Vaccination United Provinces of Agra and Oudh 1914-1922 - 1914-1922
Year: 1914
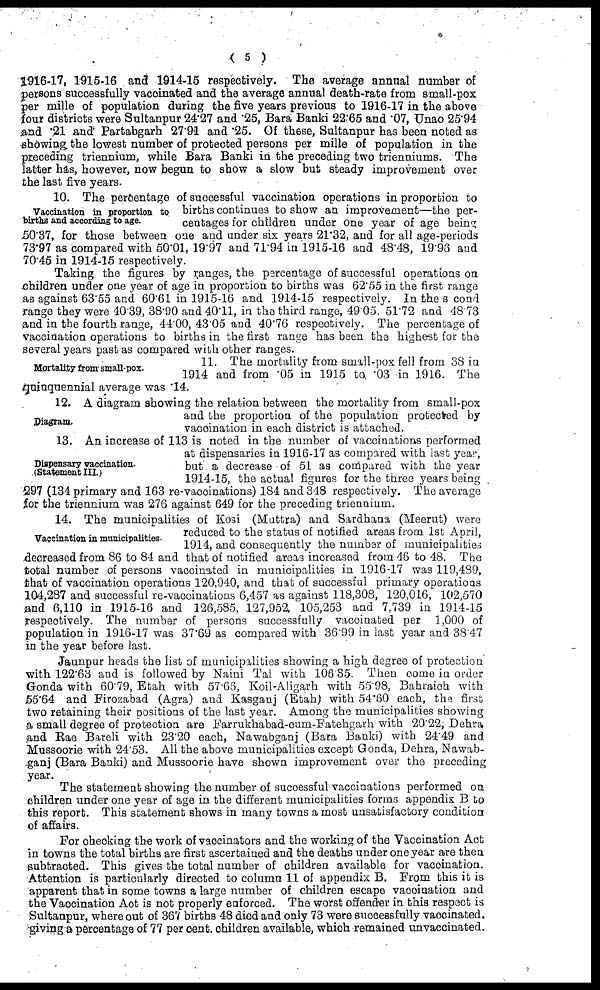
( 5 )
1916-17, 1915-16 and 1914-15 respectively. The average annual number of
persons successfully vaccinated and the average annual death-rate from small-pox
per mille of population during the five years previous to 1916-17 in the above
four districts were Sultanpur 24.27 and .25, Bara Banki 22.65 and .07, Unao 25.94
and .21 and Partabgarh 27.91 and .25. Of these, Sultanpur has been noted as
showing the lowest number of protected persons per mille of population in the
preceding triennium, while Bara Banki in the preceding two trienniums. The
latter has, however, now begun to show a slow but steady improvement over
the last five years.
Vaccination in proportion to
births and according to age.
10. The percentage of successful vaccination operations in proportion to
births continues to show an improvement—the per-
centages for children under one year of age being
50.37, for those between one and under six years 21.32, and for all age-periods
73.97 as compared with 50.01, 19.97 and 71.94 in 1915-16 and 48.48, 19.93 and
70.45 in 1914-15 respectively.
Taking the figures by ranges, the percentage of successful operations on
children under one year of age in proportion to births was 62.55 in the first range
as against 63.55 and 60.61 in 1915-16 and 1914-15 respectively. In the second
range they were 40.39, 38.90 and 40.11, in the third range, 49.05. 51.72 and 48.73
and in the fourth range, 44.00, 43.05 and 40.76 respectively. The percentage of
vaccination operations to births in the first range has been the highest for the
several years past as compared with other ranges.
Mortality from small-pox.
11. The mortality from small-pox fell from 38 in
1914 and from .05 in 1915 to, .03 in 1916. The
quinquennial average was .14.
Diagram.
12. A diagram showing the relation between the mortality from small-pox
and the proportion of the population protected by
vaccination in each district is attached.
Dispensary vaccination.
(Statement III.)
13. An increase of 113 is noted in the number of vaccinations performed
at dispensaries in 1916-17 as compared with last year,
but a decrease of 51 as compared with the year
1914-15, the actual figures for the three years being
297 (134 primary and 163 re-vaccinations) 184 and 348 respectively. The average
for the triennium was 276 against 649 for the preceding triennium.
Vaccination in municipalities.
14. The municipalities of Kosi (Muttra) and Sardhana (Meerut) were
reduced to the status of notified areas from 1st April,
1914, and consequently the number of municipalities
decreased from 86 to 84 and that of notified areas increased from 46 to 48. The
total number of persons vaccinated in municipalities in 1916-17 was 119,489,
that of vaccination operations 120,940, and that of successful primary operations
104,287 and successful re-vaccinations 6,457 as against 118,308, 120,016, 102,570
and 6,110 in 1915-16 and 126,585, 127,952, 105,253 and 7,739 in 1914-15
respectively. The number of persons successfully vaccinated per 1,000 of
population in 1916-17 was 37.69 as compared with 36.99 in last year and 38.47
in the year before last.
Jaunpur heads the list of municipalities showing a high degree of protection
with 122.63 and is followed by Naini Tal with 106.35. Then come in order
Gonda with 60.79, Etah with 57.66, Koil-Aligarh with 55.98, Bahraioh with
55.64 and Firozabad (Agra) and Kasganj (Etah) with 54.60 each, the first
two retaining their positions of the last year. Among the municipalities showing
a small degree of protection are Farrukhabad-cum-Fatehgarh with 20.22, Dehra
and Rae Bareli with 23.20 each, Nawabganj (Bara Banki) with 24.49 and
Mussoorie with 24.53. All the above municipalities except Gonda, Dehra, Nawab-
ganj (Bara Banki) and Mussoorie have shown improvement over the preceding
year.
The statement showing the number of successful vaccinations performed on
children under one year of age in the different municipalities forms appendix B to
this report. This statement shows in many towns a most unsatisfactory condition
of affairs.
For checking the work of vaccinators and the working of the Vaccination Act
in towns the total births are first ascertained and the deaths under one year are then
subtracted. This gives the total number of children available for vaccination.
Attention is particularly directed to column 11 of appendix B. From this it is
apparent that in some towns a large number of children escape vaccination and
the Vaccination Act is not properly enforced. The worst offender in this respect is
Sultanpur, where out of 367 births 48 died and only 73 were successfully vaccinated,
giving a percentage of 77 per cent. children available, which remained unvaccinated.